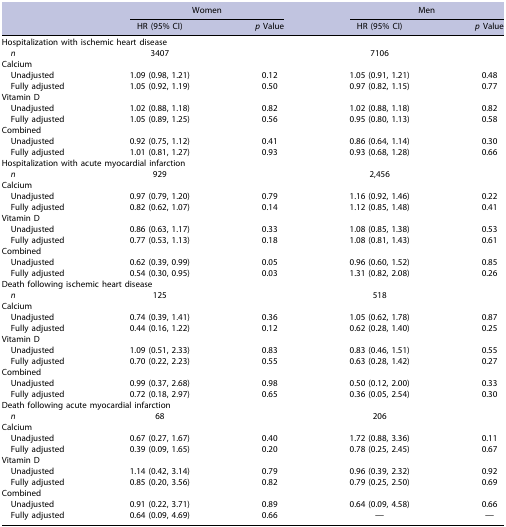
<table><thead><tr><td></td><td colspan="2"><b>Women</b></td><td colspan="2"><b>Men</b></td></tr><tr><td></td><td><b>HR (95% CI)</b></td><td><b><i>p</i> Value</b></td><td><b>HR (95% CI)</b></td><td><b><i>p</i> Value</b></td></tr></thead><tbody><tr><td colspan="5">Hospitalization with ischemic heart disease</td></tr><tr><td><i>n</i></td><td>3407</td><td></td><td>7106</td><td></td></tr><tr><td colspan="5">Calcium</td></tr><tr><td>Unadjusted</td><td>1.09 (0.98, 1.21)</td><td>0.12</td><td>1.05 (0.91, 1.21)</td><td>0.48</td></tr><tr><td>Fully adjusted</td><td>1.05 (0.92, 1.19)</td><td>0.50</td><td>0.97 (0.82, 1.15)</td><td>0.77</td></tr><tr><td colspan="5">Vitamin D</td></tr><tr><td>Unadjusted</td><td>1.02 (0.88, 1.18)</td><td>0.82</td><td>1.02 (0.88, 1.18)</td><td>0.82</td></tr><tr><td>Fully adjusted</td><td>1.05 (0.89, 1.25)</td><td>0.56</td><td>0.95 (0.80, 1.13)</td><td>0.58</td></tr><tr><td colspan="5">Combined</td></tr><tr><td>Unadjusted</td><td>0.92 (0.75, 1.12)</td><td>0.41</td><td>0.86 (0.64, 1.14)</td><td>0.30</td></tr><tr><td>Fully adjusted</td><td>1.01 (0.81, 1.27)</td><td>0.93</td><td>0.93 (0.68, 1.28)</td><td>0.66</td></tr><tr><td colspan="5">Hospitalization with acute myocardial infarction</td></tr><tr><td><i>n</i></td><td>929</td><td></td><td>2,456</td><td></td></tr><tr><td colspan="5">Calcium</td></tr><tr><td>Unadjusted</td><td>0.97 (0.79, 1.20)</td><td>0.79</td><td>1.16 (0.92, 1.46)</td><td>0.22</td></tr><tr><td>Fully adjusted</td><td>0.82 (0.62, 1.07)</td><td>0.14</td><td>1.12 (0.85, 1.48)</td><td>0.41</td></tr><tr><td colspan="5">Vitamin D</td></tr><tr><td>Unadjusted</td><td>0.86 (0.63, 1.17)</td><td>0.33</td><td>1.08 (0.85, 1.38)</td><td>0.53</td></tr><tr><td>Fully adjusted</td><td>0.77 (0.53, 1.13)</td><td>0.18</td><td>1.08 (0.81, 1.43)</td><td>0.61</td></tr><tr><td colspan="5">Combined</td></tr><tr><td>Unadjusted</td><td>0.62 (0.39, 0.99)</td><td>0.05</td><td>0.96 (0.60, 1.52)</td><td>0.85</td></tr><tr><td>Fully adjusted</td><td>0.54 (0.30, 0.95)</td><td>0.03</td><td>1.31 (0.82, 2.08)</td><td>0.26</td></tr><tr><td colspan="5">Death following ischemic heart disease</td></tr><tr><td><i>n</i></td><td>125</td><td></td><td>518</td><td></td></tr><tr><td colspan="5">Calcium</td></tr><tr><td>Unadjusted</td><td>0.74 (0.39, 1.41)</td><td>0.36</td><td>1.05 (0.62, 1.78)</td><td>0.87</td></tr><tr><td>Fully adjusted</td><td>0.44 (0.16, 1.22)</td><td>0.12</td><td>0.62 (0.28, 1.40)</td><td>0.25</td></tr><tr><td colspan="5">Vitamin D</td></tr><tr><td>Unadjusted</td><td>1.09 (0.51, 2.33)</td><td>0.83</td><td>0.83 (0.46, 1.51)</td><td>0.55</td></tr><tr><td>Fully adjusted</td><td>0.70 (0.22, 2.23)</td><td>0.55</td><td>0.63 (0.28, 1.42)</td><td>0.27</td></tr><tr><td colspan="5">Combined</td></tr><tr><td>Unadjusted</td><td>0.99 (0.37, 2.68)</td><td>0.98</td><td>0.50 (0.12, 2.00)</td><td>0.33</td></tr><tr><td>Fully adjusted</td><td>0.72 (0.18, 2.97)</td><td>0.65</td><td>0.36 (0.05, 2.54)</td><td>0.30</td></tr><tr><td colspan="5">Death following acute myocardial infarction</td></tr><tr><td><i>n</i></td><td>68</td><td></td><td>206</td><td></td></tr><tr><td colspan="5">Calcium</td></tr><tr><td>Unadjusted</td><td>0.67 (0.27, 1.67)</td><td>0.40</td><td>1.72 (0.88, 3.36)</td><td>0.11</td></tr><tr><td>Fully adjusted</td><td>0.39 (0.09, 1.65)</td><td>0.20</td><td>0.78 (0.25, 2.45)</td><td>0.67</td></tr><tr><td colspan="5">Vitamin D</td></tr><tr><td>Unadjusted</td><td>1.14 (0.42, 3.14)</td><td>0.79</td><td>0.96 (0.39, 2.32)</td><td>0.92</td></tr><tr><td>Fully adjusted</td><td>0.85 (0.20, 3.56)</td><td>0.82</td><td>0.79 (0.25, 2.50)</td><td>0.69</td></tr><tr><td colspan="5">Combined</td></tr><tr><td>Unadjusted</td><td>0.91 (0.22, 3.71)</td><td>0.89</td><td>0.64 (0.09, 4.58)</td><td>0.66</td></tr><tr><td>Fully adjusted</td><td>0.64 (0.09, 4.69)</td><td>0.66</td><td>—</td><td>—</td></tr></tbody></table>